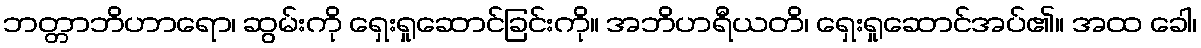
ဘတ္တာဘိဟာရော၊ ဆွမ်းကို ရှေးရှုဆောင်ခြင်းကို။ အဘိဟရီယတိ၊ ရှေးရှုဆောင်အပ်၏။ အထ ခေါ၊